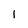
Character: l